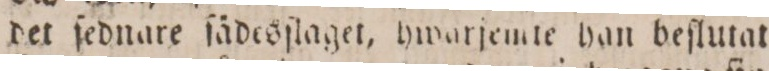
det ſednare ſädesſlaget, hwarjemte han beſlutat